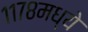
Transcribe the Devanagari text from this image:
११७८मध्ये